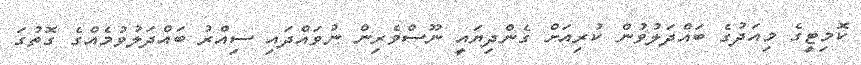
ކޮމިޓީގެ މިއަދުގެ ބައްދަލުވުން ކުރިއަށް ގެންދިޔައީ ނޫސްވެރިން ނުވައްދައި ސިއްރު ބައްދަލުވުމެއްގެ ގޮތުގަ